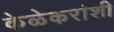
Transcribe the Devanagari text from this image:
केळेकरांशी